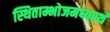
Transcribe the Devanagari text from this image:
स्थिताम्भोजमध्यस्थं